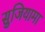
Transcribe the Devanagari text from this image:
सुजियामा